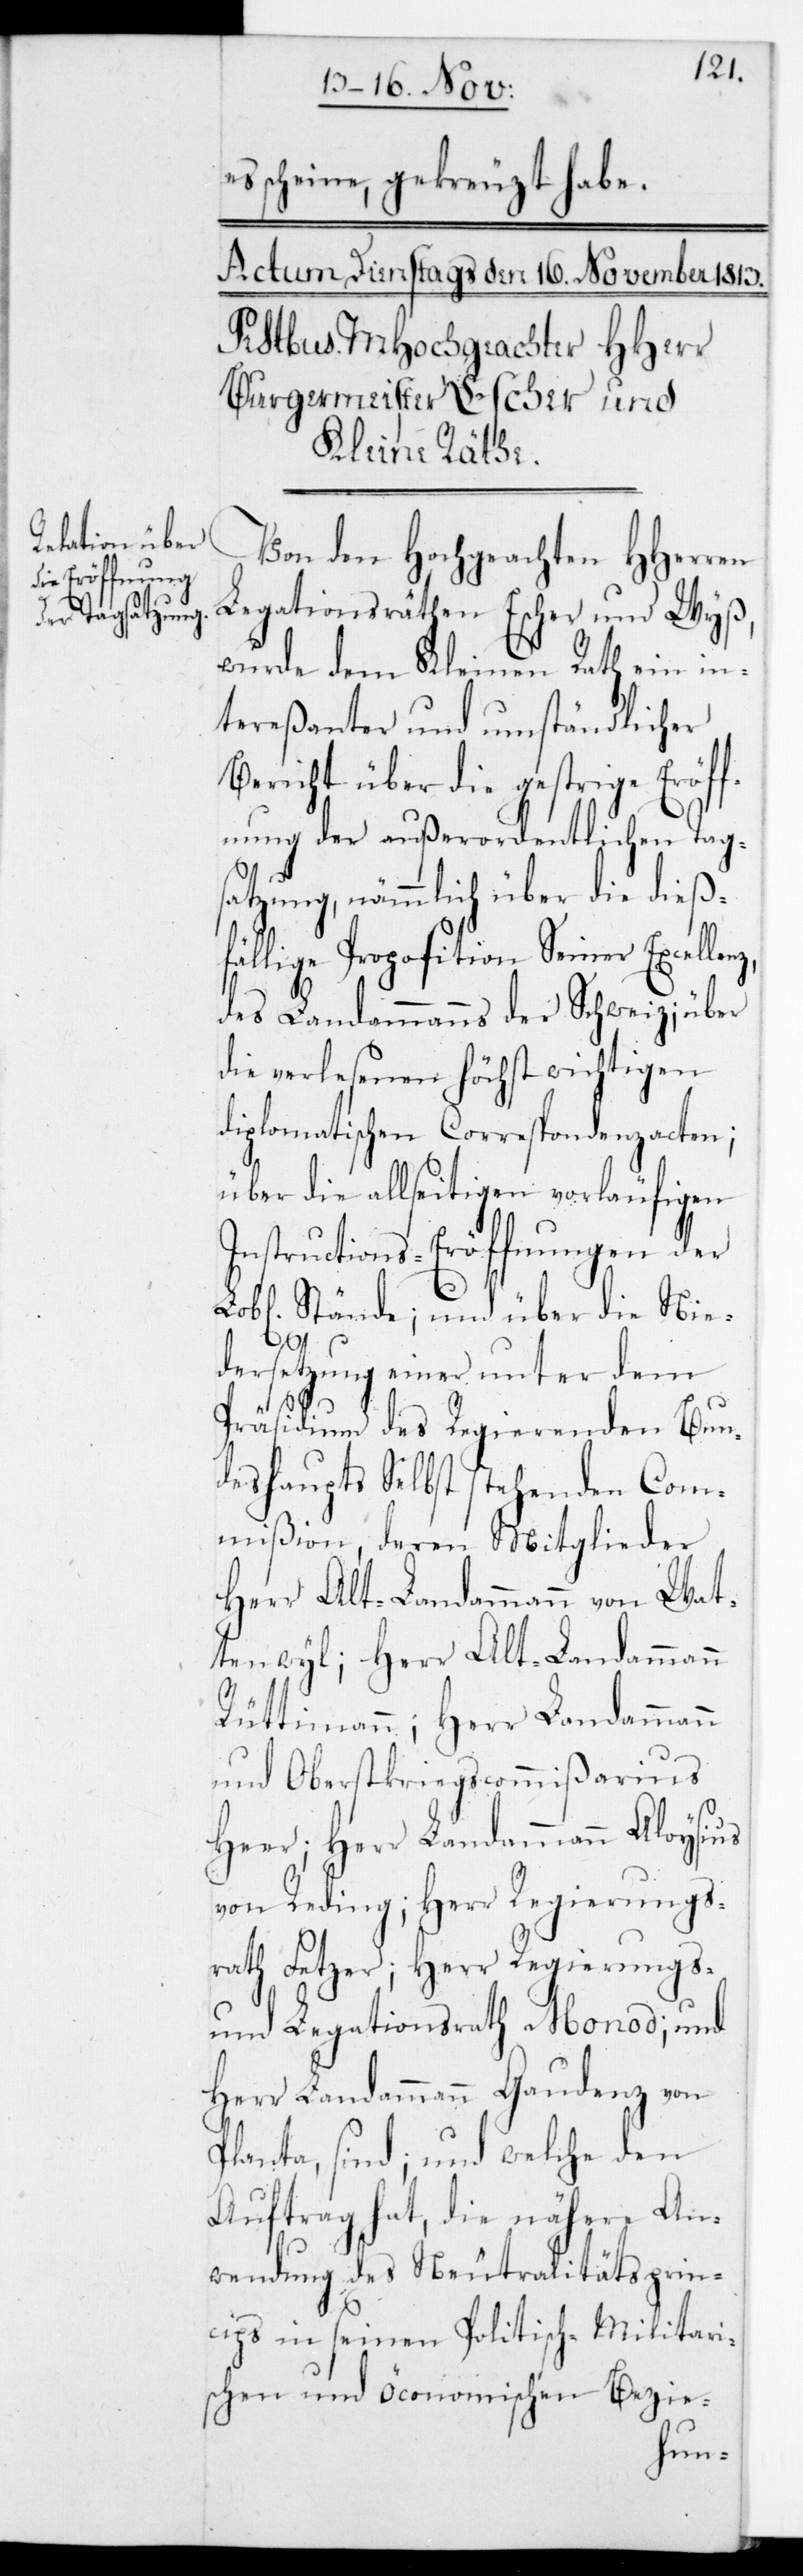
es scheine, gekreuzt habe.
Von den Hochgeachten HHerren
Legationsräthen Escher und Wyß,
wurde dem Kleinen Rath ein in¬
tereßanter und umständlicher
Bericht über die gestrige Eröff¬
nung der außerordentlichen Tag¬
satzung, nämmlich über die dieß¬
fällige Proposition Seiner Excellenz
des Landammanns der Schweiz; über
die verlesenen höchst wichtigen
diplomatischen Correspondenzacten;
über die allseitigen vorläufigen
Instructions-Eröffnungen der
Lobl. Stände; und über die Nie¬
dersetzung einer unter dem
Präsidium des Regierenden Bun¬
deshaupts Selbst stehenden Com¬
mißion, deren Mitglieder
Herr Alt-Landammann von Wat¬
tenwyl; Herr Alt-Landammann
Rüttimann; Herr Landammann
und Oberstkriegscommißarius
Heer; Herr Landammann Aloysius
von Reding; Herr Regierungs¬
rath Fetzer; Herr Regierungs-
und Legationsrath Monod; und
Herr Landammann Gaudenz von
Planta; sind; und welche den
Auftrag hat, die nähere An¬
wendung des Neutralitätsprinz¬
ip in seinen Politisch-[,] Militari¬
schen und Öconomischen Bezie-